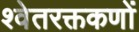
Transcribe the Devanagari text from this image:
श्वेतरक्तकणों